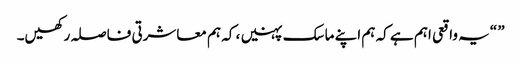
” “یہ واقعی اہم ہے کہ ہم اپنے ماسک پہنیں ، کہ ہم معاشرتی فاصلہ رکھیں۔